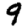
Digit: 9